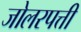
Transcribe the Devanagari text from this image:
जोलरपत्ती